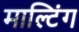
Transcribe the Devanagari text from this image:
माल्टिंग